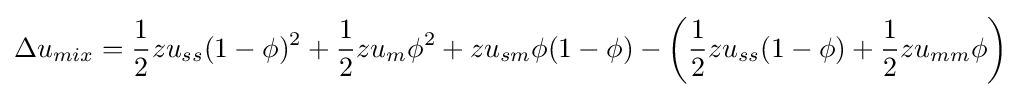
\Delta u_{mix}={\frac {1}{2}}zu_{ss}(1-\phi )^{2}+{\frac {1}{2}}zu_{m}\phi ^{2}+zu_{sm}\phi (1-\phi )-\left({\frac {1}{2}}zu_{ss}(1-\phi )+{\frac {1}{2}}zu_{mm}\phi \right)